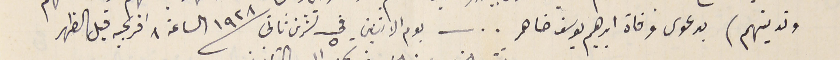
وتدينهم) بدعوى وفاة ابرهيم يوسف ضاهر .. يوم الاثنين في ٥ تشرين ثانى ١٩٢٨ الساعة ٨ افرنجيه قبل الظهر